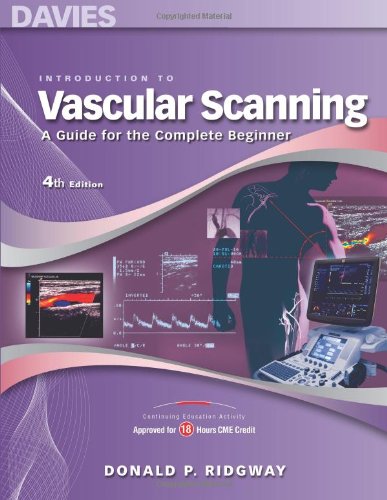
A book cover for Introduction to Vascular Scanning: A Guide for the Complete Beginner, 4th ed. (INTRODUCTIONS TO VASCULAR TECHNOLOGY); Donald P. Ridgway; Medical Books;